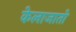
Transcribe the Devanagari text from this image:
केलाजातो